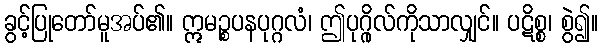
ခွင့်ပြုတော်မူအပ်၏။ ဣမဉ္စပနပုဂ္ဂလံ၊ ဤပုဂ္ဂိုလ်ကိုသာလျှင်။ ပဋိစ္စ၊ စွဲ၍။